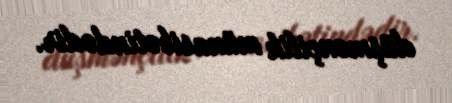
düşmənçilik münasibətindədir.